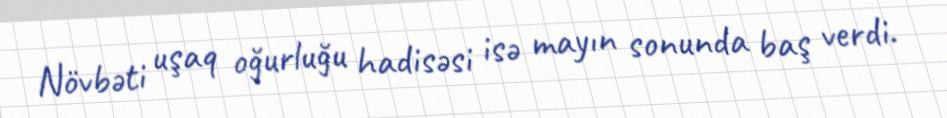
Növbəti uşaq oğurluğu hadisəsi isə mayın sonunda baş verdi.